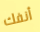
أنفك